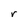
Character: r